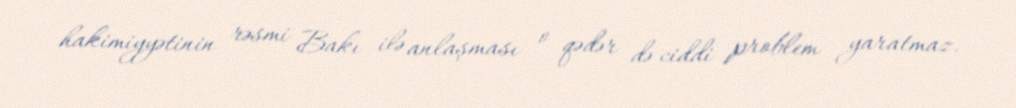
hakimiyyətinin rəsmi Bakı ilə anlaşması o qədər də ciddi problem yaratmaz.